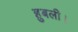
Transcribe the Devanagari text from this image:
हुबली।